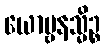
ယောဗ္ဗနသ္မိဉ္စ